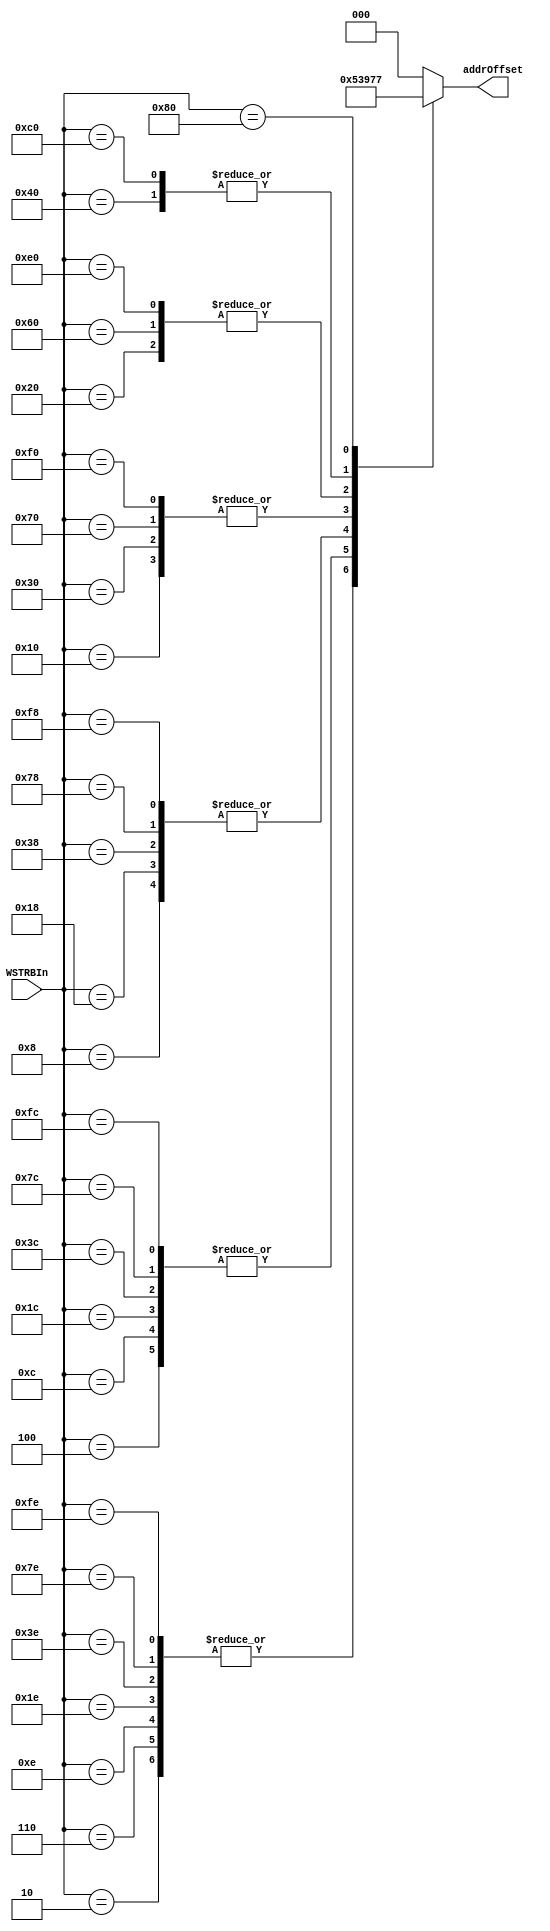
// ****************************************************************************/
// Microsemi Corporation Proprietary and Confidential
// Copyright 2015 Microsemi Corporation.  All rights reserved.
//
// ANY USE OR REDISTRIBUTION IN PART OR IN WHOLE MUST BE HANDLED IN
// ACCORDANCE WITH THE MICROSEMI LICENSE AGREEMENT AND MUST BE APPROVED
// IN ADVANCE IN WRITING.
//
// Description: 
//
// SVN Revision Information:
// SVN $Revision: 27754 $
// SVN $Date: 2016-11-08 08:10:59 +0530 (Tue, 08 Nov 2016) $
//
// Resolved SARs
// SAR      Date     Who   Description
//
// Notes:
//
// ****************************************************************************/
module COREAXITOAHBL_WSRTBAddrOffset (
    WSTRBIn,
    addrOffset
);
////////////////////////////////////////////////////////////////////////////////
// Parameters
////////////////////////////////////////////////////////////////////////////////
parameter AXI_DWIDTH = 64;    // Sets the AXI data width - 32/64.
parameter AXI_STRBWIDTH = 8;  // Sets the AXI strobe width depending on AXI data width.
////////////////////////////////////////////////////////////////////////////////
//
////////////////////////////////////////////////////////////////////////////////

input   [AXI_STRBWIDTH-1:0] WSTRBIn;
output  [2:0]           addrOffset;

reg     [2:0]           addrOffset;

////////////////////////////////////////////////////////////////////////////////
// ROM Table - Returns the address offset based on WSTRB
////////////////////////////////////////////////////////////////////////////////
always @ (*)
begin
    case (WSTRBIn) // 256*3 ROM table
        8'b11111110,8'b01111110,8'b00111110,8'b00011110,8'b00001110,8'b00000110,8'b00000010 : addrOffset <= 3'd1;
        8'b11111100,8'b01111100,8'b00111100,8'b00011100,8'b00001100,8'b00000100 : addrOffset <= 3'd2;
        8'b11111000,8'b01111000,8'b00111000,8'b00011000,8'b00001000 : addrOffset <= 3'd3;
        8'b11110000,8'b01110000,8'b00110000,8'b00010000 : addrOffset <= 3'd4;
        8'b11100000,8'b01100000,8'b00100000 : addrOffset <= 3'd5;
        8'b11000000,8'b01000000 : addrOffset <= 3'd6;
        8'b10000000 : addrOffset <= 3'd7;
        default: addrOffset <= 3'd0;
    endcase
end

endmodule // COREAXITOAHBL_WSRTBAddrOffset